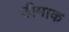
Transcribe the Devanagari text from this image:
डीमाक